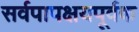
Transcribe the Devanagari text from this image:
सर्वपापक्षयपूर्वक